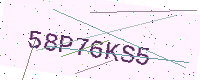
Text: 58P76KS5